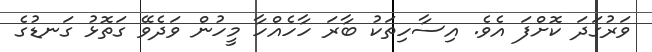
ވަރުގަދަ ކޮށްފަ އެވެ. އިސާހިތަކު ބާރަ ހާހެއްހާ މީހުން ވަދެވޭ ގަތޮޅު ގަނޑުގެ